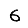
Digit: 6